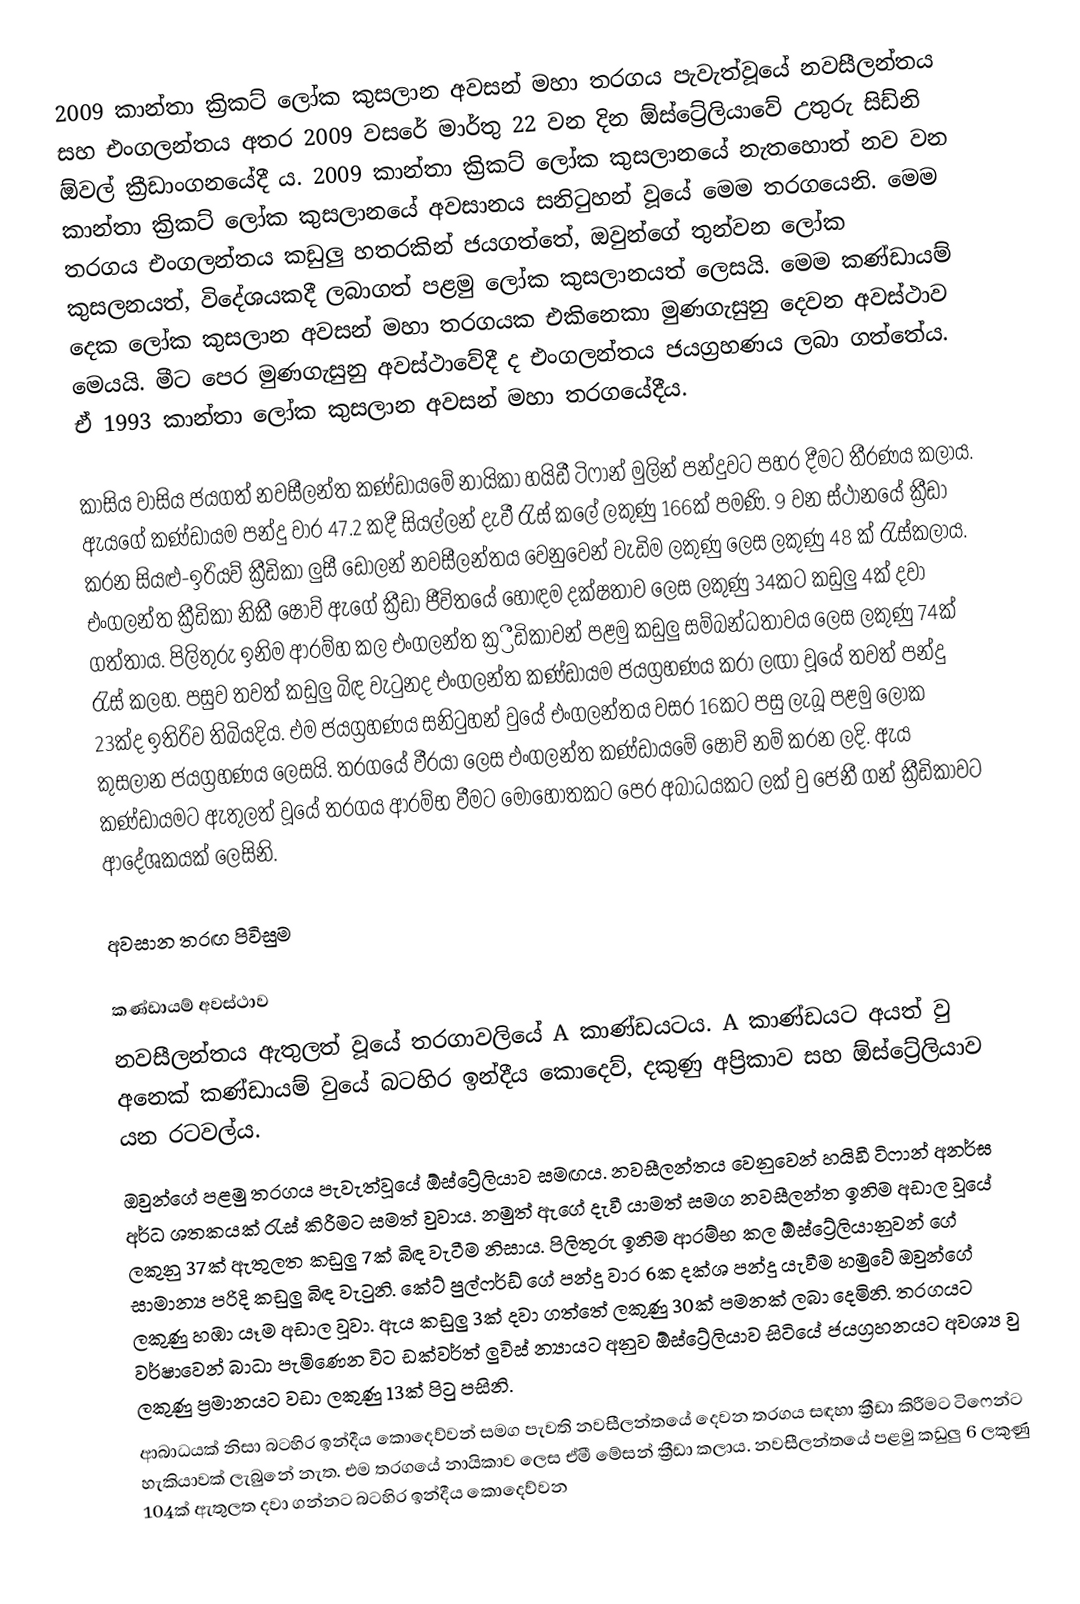
2009 කාන්තා ක්‍රිකට් ලෝක කුසලාන අවසන් මහා තරගය පැවැත්වූයේ නවසීලන්තය සහ එංගලන්තය අතර 2009 වසරේ මාර්තු 22 වන දින ඕස්ට්‍රේලියාවේ උතුරු සිඩ්නි ඕවල් ක්‍රීඩාංගනයේදී ය. 2009 කාන්තා ක්‍රිකට් ලෝක කුසලානයේ නැතහොත් නව වන   කාන්තා ක්‍රිකට් ලෝක  කුසලානයේ අවසානය සනිටුහන් වූයේ මෙම තරගයෙනි. මෙම තරගය එංගලන්තය කඩුලු හතරකින් ජයගත්තේ, ඔවුන්ගේ තුන්වන ලෝක කුසලනයත්, විදේශයකදී ලබාගත් පළමු ලෝක කුසලානයත් ලෙසයි. මෙම කණ්ඩායම් දෙක ලෝක කුසලාන අවසන් මහා තරගයක එකිනෙකා මුණගැසුනු දෙවන අවස්ථාව මෙයයි. මීට පෙර මුණගැසුනු අවස්ථාවේදී ද එංගලන්තය ජයග්‍රහණය ලබා ගත්තේය. ඒ 1993 කාන්තා ලෝක කුසලාන අවසන්  මහා තරගයේදීය.

කාසිය වාසිය ජයගත් නවසීලන්ත කණ්ඩායමේ නායිකා හයිඩී ටිෆාන් මුලින් පන්දුවට පහර දීමට තීරණය කලාය. ඇයගේ කණ්ඩායම පන්දු වාර 47.2 කදී සියල්ලන් දැවී රැස් කලේ ලකුණු 166ක් පමණි.  9 වන ස්ථානයේ ක්‍රීඩා කරන සියළු-ඉරියව් ක්‍රීඩිකා ලුසී ඩෝලන් නවසීලන්තය වෙනුවෙන් වැඩිම ලකුණු ලෙස ලකුණු 48 ක් රැස්කලාය. එංගලන්ත ක්‍රීඩිකා නිකී ෂොව් ඇගේ ක්‍රීඩා ජීවිතයේ හොඳම දක්ෂතාව ලෙස ලකුණු 34කට කඩුලු 4ක් දවා ගත්තාය. පිලිතුරු ඉනිම ආරම්හ කල එංගලන්ත ක්‍ර්‍රීඩිකාවන් පළමු කඩුලු සම්බන්ධතාවය ලෙස ලකුණු 74ක් රැස් කලහ. පසුව තවත් කඩුලු බිඳ වැටුනද එංගලන්ත කණ්ඩායම ජයග්‍රහණය කරා ලඟා වූයේ තවත් පන්දු 23ක්ද ඉතිරිව තිබියදිය. එම ජයග්‍රහණය සනිටුහන් වුයේ එංගලන්තය වසර 16කට පසු ලැබූ පළමු ලෝක කුසලාන ජයග්‍රහණය ලෙසයි. තරගයේ වීරයා ලෙස එංගලන්ත කණ්ඩායමේ ෂොව් නම් කරන ලදි. ඇය කණ්ඩායමට ඇතුලත් වූයේ තරගය ආරම්භ වීමට මොහොතකට පෙර අබාධයකට ලක් වු ජෙනී ගන් ක්‍රීඩිකාවට ආදේශකයක් ලෙසිනි.

අවසාන තරඟ පිවිසුම

කණ්ඩායම් අවස්ථාව
නවසීලන්තය ඇතුලත් වූයේ තරගාවලියේ A කාණ්ඩයටය. A කාණ්ඩයට අයත් වු අනෙක් කණ්ඩායම් වුයේ බටහිර ඉන්දීය කොදෙව්, දකුණු අප්‍රිකාව සහ ඕස්ට්‍රේලියාව යන රටවල්ය.
 ඔවුන්ගේ පළමු තරගය පැවැත්වූයේ ඕස්ට්‍රේලියාව සමඟය. නවසීලන්තය වෙනුවෙන් හයිඩී ටිෆාන් අනර්ඝ අර්ධ ශතකයක් රැස් කිරීමට සමත් වුවාය. නමුත් ඇගේ දැවී යාමත් සමග නවසීලන්ත ඉනිම අඩාල වූයේ ලකුනු 37ක් ඇතුලත කඩුලු 7ක් බිඳ වැටීම නිසාය. පිලිතුරු ඉනිම ආරම්භ කල ඕස්ට්‍රේලියානුවන් ගේ සාමාන්‍ය පරිදි කඩුලු බිඳ වැටුනි. කේට් පුල්ෆර්ඩ් ගේ පන්දු වාර 6ක දක්ශ පන්දු යැවීම හමුවේ ඔවුන්ගේ ලකුණු හඹා යෑම අඩාල වූවා. ඇය කඩුලු 3ක් දවා ගත්තේ ලකුණු 30ක් පමනක් ලබා දෙමිනි. තරගයට වර්ෂාවෙන් බාධා පැමිණෙන විට ඩක්වර්ත් ලුවිස් න්‍යායට අනුව ඕස්ට්‍රේලියාව සිටියේ ජයග්‍රහනයට අවශ්‍ය වු ලකුණු ප්‍රමානයට වඩා ලකුණු 13ක් පිටු පසිනි.
ආබාධයක් නිසා බටහිර ඉන්දීය කොදෙව්වන් සමග පැවති නවසීලන්තයේ දෙවන තරගය සඳහා ක්‍රීඩා කිරීමට ටිෆෙන්ට හැකියාවක් ලැබුනේ නැත. එම තරගයේ නායිකාව ලෙස ඒමී මේසන් ක්‍රීඩා කලාය. නවසීලන්තයේ පළමු කඩුලු 6 ලකුණු 104ක් ඇතුලත දවා ගන්නට බටහිර ඉන්දීය කොදෙව්වන